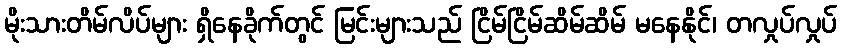
မိုးသားတိမ်လိပ်များ ရှိနေခိုက်တွင် မြင်းများသည် ငြိမ်ငြိမ်ဆိမ်ဆိမ် မနေနိုင်၊ တလှုပ်လှုပ်